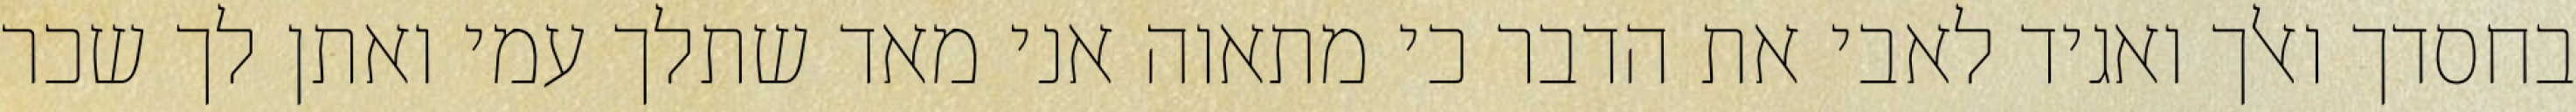
בחסדך ואלך ואגיד לאבי את הדבר כי מתאוה אני מאד שתלך עמי ואתן לך שכר